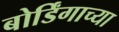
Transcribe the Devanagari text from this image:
बोर्डिंगाच्या